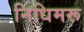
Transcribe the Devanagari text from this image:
निधिमरू